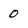
Character: 0